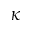
\kappa